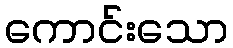
ကောင်းသော